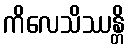
ကိလေသိဿန္တိ